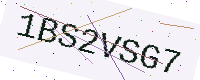
Text: 1BS2VSG7